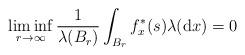
LaTeX: \begin{align*}\liminf_{r\to\infty}\frac{1}{\lambda(B_{r})}\int_{B_{r}}f_x^*(s)\lambda(\mathrm{d}x)=0 \end{align*}